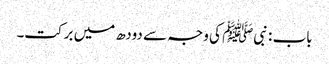
باب : نبیﷺ کی وجہ سے دودھ میں برکت۔